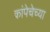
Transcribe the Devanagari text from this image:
कांपेचेच्या